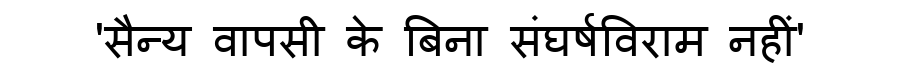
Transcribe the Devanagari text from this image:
'सैन्य वापसी के बिना संघर्षविराम नहीं'